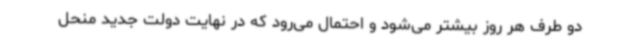
دو طرف هر روز بیشتر می‌شود و احتمال می‌رود که در نهایت دولت جدید منحل